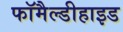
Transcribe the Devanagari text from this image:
फॉमैल्डीहाइड